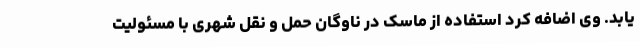
یابد. وی اضافه کرد استفاده از ماسک در ناوگان حمل و نقل شهری با مسئولیت